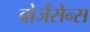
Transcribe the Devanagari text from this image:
बोर्जेसेन्स